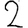
Digit: 2